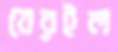
বেরইল